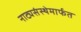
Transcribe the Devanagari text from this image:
नाट्यसंस्थेमार्फत